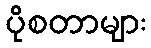
ပိုစတာများ